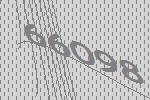
66098